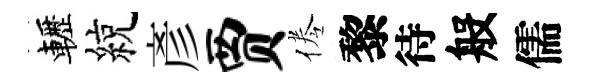
轣綂彥贾倦黎待般儒